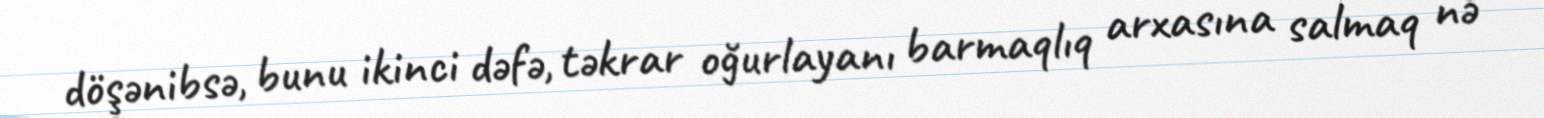
döşənibsə, bunu ikinci dəfə, təkrar oğurlayanı barmaqlıq arxasına salmaq nə